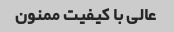
عالی با کیفیت ممنون